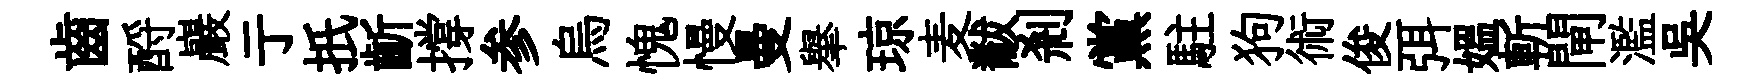
齒酹巖亍扺齗撐参烏愧慢曼𦦙琼麦黻剎黨駐狗術俊弭媪斬閘濫吴